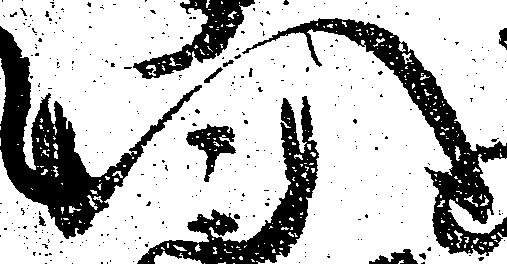
い